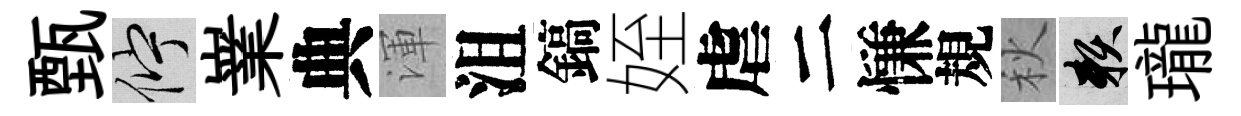
甄伫嶪典渾沮鎬姪虐二慊規秋賴瓏